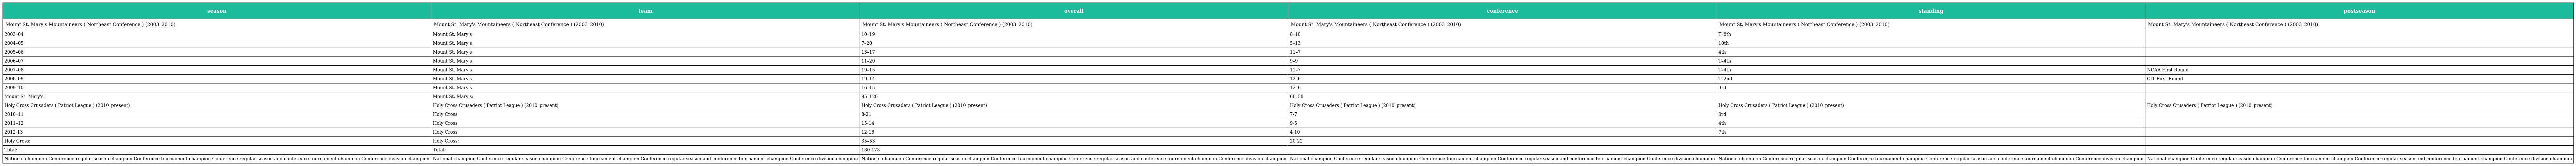
| season | team | overall | conference | standing | postseason |
 | --- | --- | --- | --- | --- | --- |
 | Mount St. Mary's Mountaineers ( Northeast Conference ) (2003–2010) | Mount St. Mary's Mountaineers ( Northeast Conference ) (2003–2010) | Mount St. Mary's Mountaineers ( Northeast Conference ) (2003–2010) | Mount St. Mary's Mountaineers ( Northeast Conference ) (2003–2010) | Mount St. Mary's Mountaineers ( Northeast Conference ) (2003–2010) | Mount St. Mary's Mountaineers ( Northeast Conference ) (2003–2010) |
 | 2003–04 | Mount St. Mary's | 10–19 | 8–10 | T–8th |  |
 | 2004–05 | Mount St. Mary's | 7–20 | 5–13 | 10th |  |
 | 2005–06 | Mount St. Mary's | 13–17 | 11–7 | 4th |  |
 | 2006–07 | Mount St. Mary's | 11–20 | 9–9 | T–4th |  |
 | 2007–08 | Mount St. Mary's | 19–15 | 11–7 | T–4th | NCAA First Round |
 | 2008–09 | Mount St. Mary's | 19–14 | 12–6 | T–2nd | CIT First Round |
 | 2009–10 | Mount St. Mary's | 16–15 | 12–6 | 3rd |  |
 | Mount St. Mary's: | Mount St. Mary's: | 95–120 | 68–58 |  |  |
 | Holy Cross Crusaders ( Patriot League ) (2010–present) | Holy Cross Crusaders ( Patriot League ) (2010–present) | Holy Cross Crusaders ( Patriot League ) (2010–present) | Holy Cross Crusaders ( Patriot League ) (2010–present) | Holy Cross Crusaders ( Patriot League ) (2010–present) | Holy Cross Crusaders ( Patriot League ) (2010–present) |
 | 2010–11 | Holy Cross | 8-21 | 7-7 | 3rd |  |
 | 2011–12 | Holy Cross | 15-14 | 9-5 | 4th |  |
 | 2012-13 | Holy Cross | 12-18 | 4-10 | 7th |  |
 | Holy Cross: | Holy Cross: | 35–53 | 20-22 |  |  |
 | Total: | Total: | 130-173 |  |  |  |
 | National champion Conference regular season champion Conference tournament champion Conference regular season and conference tournament champion Conference division champion | National champion Conference regular season champion Conference tournament champion Conference regular season and conference tournament champion Conference division champion | National champion Conference regular season champion Conference tournament champion Conference regular season and conference tournament champion Conference division champion | National champion Conference regular season champion Conference tournament champion Conference regular season and conference tournament champion Conference division champion | National champion Conference regular season champion Conference tournament champion Conference regular season and conference tournament champion Conference division champion | National champion Conference regular season champion Conference tournament champion Conference regular season and conference tournament champion Conference division champion |